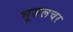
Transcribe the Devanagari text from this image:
भूजलचर